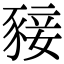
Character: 𧱙